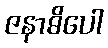
ဇနာဓိပေါ